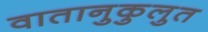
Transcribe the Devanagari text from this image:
वातानुकुलुत